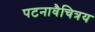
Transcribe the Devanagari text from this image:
पटनावैचित्रय